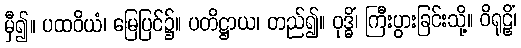
မှီ၍။ ပထဝိယံ၊ မြေပြင်၌။ ပတိဋ္ဌာယ၊ တည်၍။ ဝုဒ္ဓိံ၊ ကြီးပွားခြင်းသို့။ ဝိရုဠှိံ၊